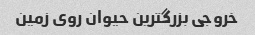
خروجی بزرگترین حیوان روی زمین